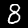
Digit: 8